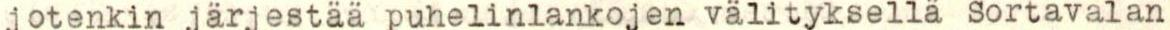
jotenkin järjestää puhelinlankojen välityksellä Sortavalan